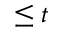
\leq t